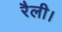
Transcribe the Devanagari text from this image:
रैली।